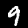
Digit: 9